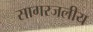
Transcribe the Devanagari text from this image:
सागरजलीय